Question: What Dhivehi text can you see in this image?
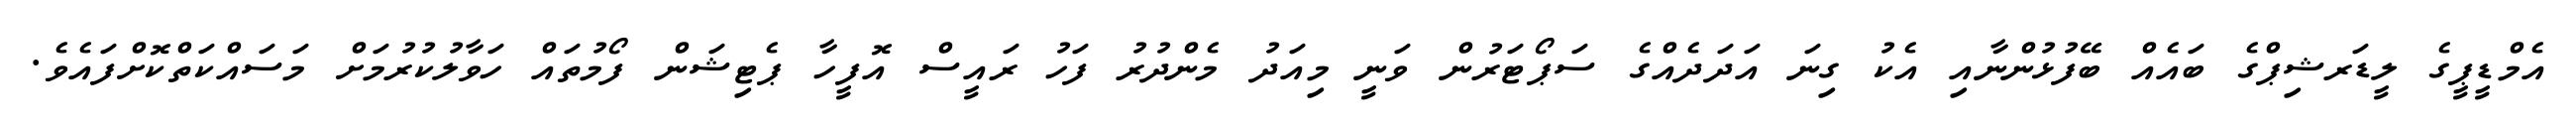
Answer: އެމްޑީޕީގެ ލީޑަރޝިޕްގެ ބައެއް ބޭފުޅުންނާއި އެކު ގިނަ އަދަދެއްގެ ސަޕޯޓަރުން ވަނީ މިއަދު މެންދުރު ފަހު ރައީސް އޮފީހާ ޕެޓިޝަން ފޯމުތައް ހަވާލުކުރުމަށް މަސައްކަތްކޮށްފައެވެ.